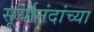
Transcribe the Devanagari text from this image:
सूर्यानंदांच्या